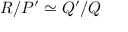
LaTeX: R / P ^ { \prime } \simeq Q ^ { \prime } / Q